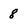
Character: 8